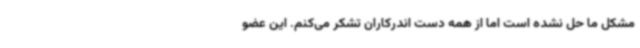
مشکل ما حل نشده است اما از همه دست اندرکاران تشکر می‌کنم. این عضو